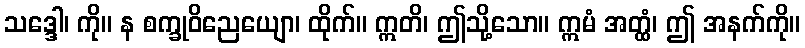
သဒ္ဒေါ၊ ကို။ န စက္ခုဝိညေယျော၊ ထိုက်။ ဣတိ၊ ဤသို့သော။ ဣမံ အတ္ထံ၊ ဤ အနက်ကို။